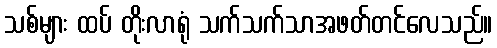
သစ်များ ထပ် တိုးလာရုံ သက်သက်သာအဖတ်တင်လေသည်။